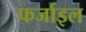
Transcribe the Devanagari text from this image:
फर्जाइल